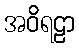
အဝိရဠာ